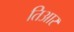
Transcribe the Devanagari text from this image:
तिआर